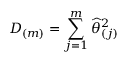
D _ { ( m ) } = \sum _ { j = 1 } ^ { m } \widehat { \theta } _ { ( j ) } ^ { 2 }